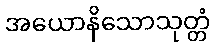
အယောနိသောသုတ္တံ